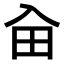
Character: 𠓦